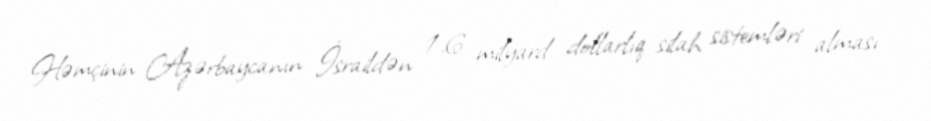
Həmçinin Azərbaycanın İsraildən 1.6 milyard dollarlıq silah sistemləri alması